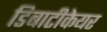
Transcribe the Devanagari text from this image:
डिबाटीकेयर